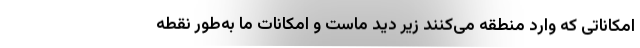
امکاناتی که وارد منطقه می‌کنند زیر دید ماست و امکانات ما به‌طور نقطه